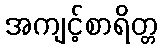
အကျင့်စာရိတ္တ